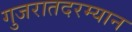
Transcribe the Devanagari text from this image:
गुजरातदरम्यान